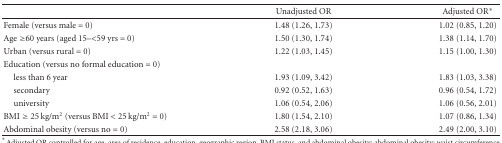
<table><thead><tr><td></td><td><b>Unadjusted OR</b></td><td><b>Adjusted OR<sup>∗</sup></b></td></tr></thead><tbody><tr><td>Female (versus male = 0)</td><td>1.48 (1.26, 1.73)</td><td>1.02 (0.85, 1.20)</td></tr><tr><td>Age ≥60 years (aged 15–&lt;59 yrs = 0)</td><td>1.50 (1.30, 1.74)</td><td>1.38 (1.14, 1.70)</td></tr><tr><td>Urban (versus rural = 0)</td><td>1.22 (1.03, 1.45)</td><td>1.15 (1.00, 1.30)</td></tr><tr><td>Education (versus no formal education = 0)</td><td></td><td></td></tr><tr><td>less than 6 year</td><td>1.93 (1.09, 3.42)</td><td>1.83 (1.03, 3.38)</td></tr><tr><td>secondary</td><td>0.92 (0.52, 1.63)</td><td>0.96 (0.54, 1.72)</td></tr><tr><td>university</td><td>1.06 (0.54, 2.06)</td><td>1.06 (0.56, 2.01)</td></tr><tr><td>BMI ≥ 25 kg/m<sup>2</sup> (versus BMI &lt; 25 kg/m<sup>2</sup> = 0)</td><td>1.80 (1.54, 2.10)</td><td>1.07 (0.86, 1.34)</td></tr><tr><td>Abdominal obesity (versus no = 0)</td><td>2.58 (2.18, 3.06)</td><td> 2.49 (2.00, 3.10)</td></tr></tbody></table>